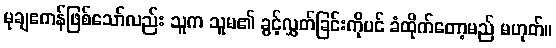
မုချဧကန်ဖြစ်သော်လည်း သူက သူမ၏ ခွင့်လွှတ်ခြင်းကိုပင် ခံထိုက်တော့မည် မဟုတ်။